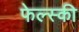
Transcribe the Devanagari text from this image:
फेल्स्की